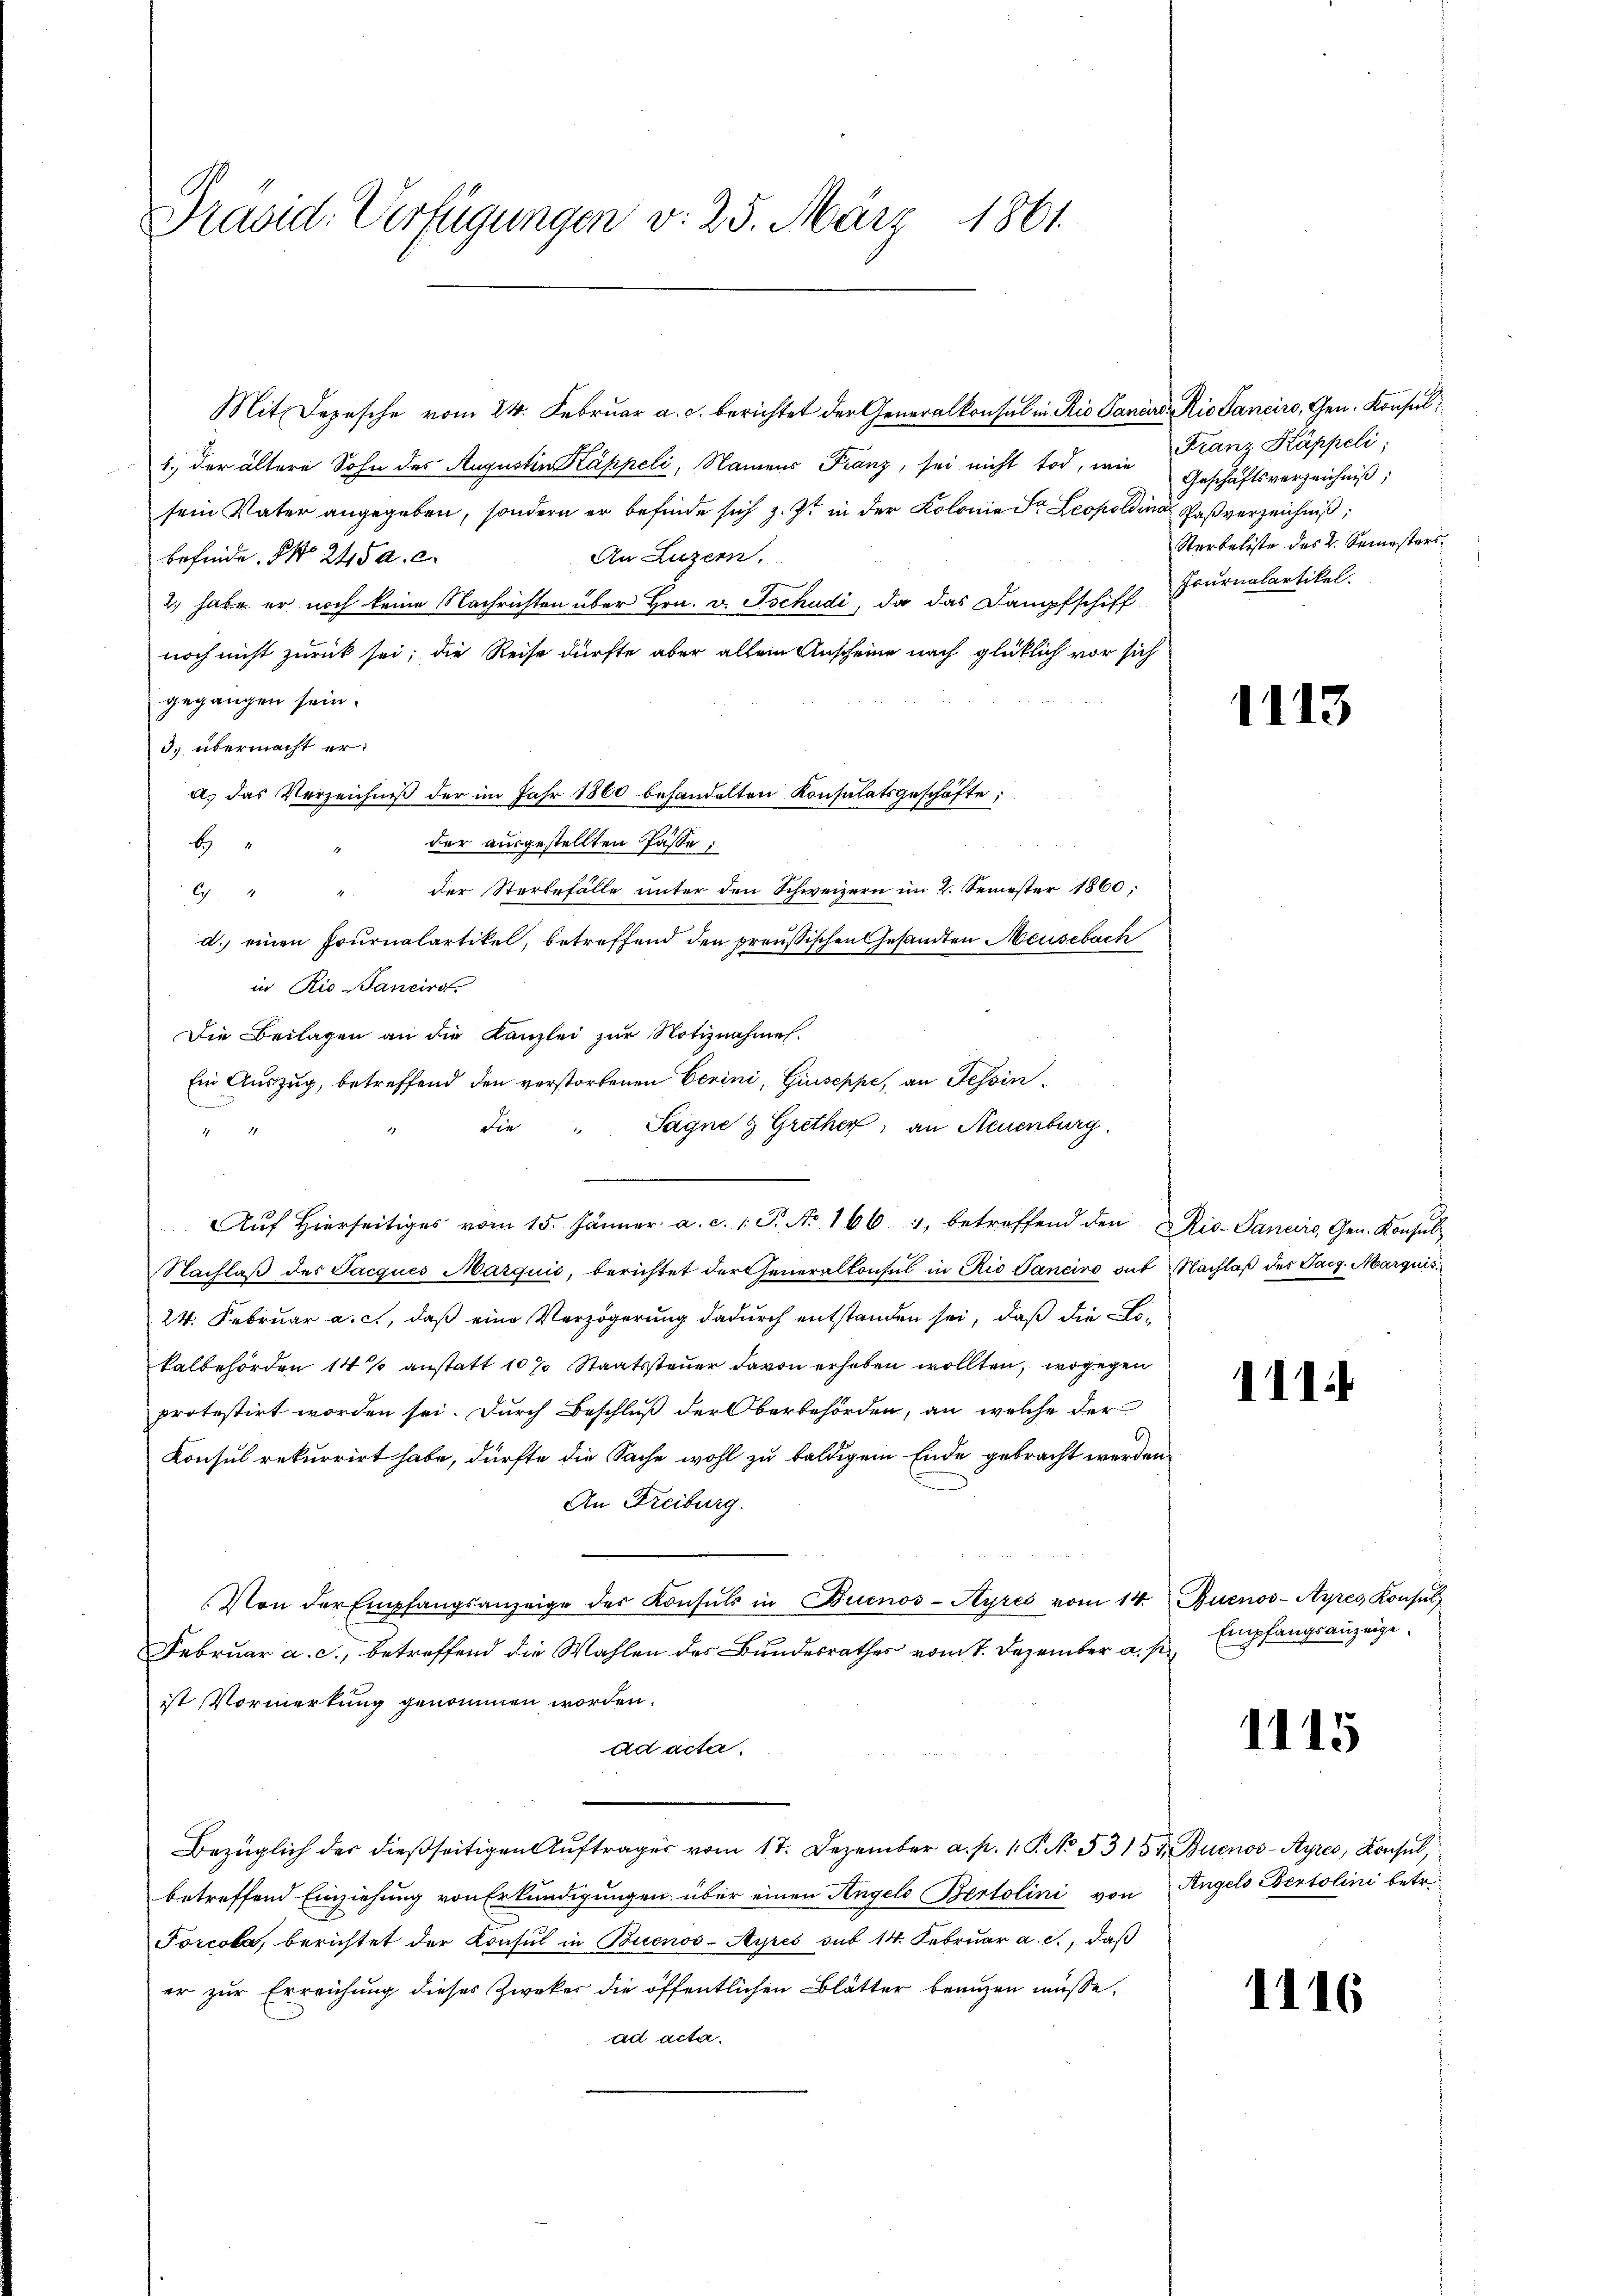
Präsid. Verfügungen v. 25. März 1861.

1.) der ältere Sohn des Augustin Käppeli, Namens Franz, sei nicht tod, wie
sein Vater angegeben, sondern er befinde sich z. Zt. in der Kolonie Dr. Leopoldina Paßverzeichniß
An Luzern,
befinde. No 245 a. c.
2) habe er noch keine Nachrichten über Hrn. v. Tschudi, da das Dampfschiff
noch nicht zurück sei; die Reise dürfte aber allein Anscheine nach glücklich vor sich
gegangen sein.
3) übermacht era. das Verzeichniß der im Jahr 1860 behandelten Konsulatsgeschäfte
der ausgestellten Pässe:
d
b
der Sterbefälle ŭnter den Schweizern im 2. Semester 1860;

E
d. einen Journalartikel, betreffend den preußischen Gesandten Meusebach
in Rio Sancird.
Die Beilagen an die Kanzlei zur Notiznahmes.
Ein Auszug, betreffend den verstorbenen Gerini, Giuseppe, an Tessin¬
Sagne & Grether, an Neuenburg.
die
e
Aŭf Hierseitiges vom 15. Jänner a. c. 1. P. Nr. 166. 1, betreffend den Rio-Panciro, Gen. Konsŭl
Nachlaß des Jacques Marquić, berichtet der Generalkonsul in Rio Janeiro auf
24. Februar a. c., daß eine Verzögerung dadurch entstanden sei, daß die Lokalbehörden 14 % anstatt 10% Staatssteuer davon erheben wollten, wogegen
protestirt worden sei. Durch Beschluß der Oberbehörden, an welche der
Konsul rekurrirt habe, dürfte die Sache wohl zu baldigem Ende gebracht werden
An Freiburg.
Von der Empfangsanzeige des Konsuls in Buenos-Ayres vom 14.
Februar a. c., betreffend die Wahlen des Bundesrathes vom 7. Dezember a. p.
ist Vormerkung genommen worden.
ad acta.
Bezüglich der dießseitigen Auftrages vom 17. Dezember a. p. 1. P. No. 5351. Buenos-Ayres, Konsul,
betreffend Einziehung von Erkundigungen über einen Angelo Bertolini von
Forcola, berichtet der Konsul in Buenos-Ayres sub 14. Februar a. c., daß
er zur Erreichung dieses Zweker die öffentlichen Blätter benuzen müsse.
ad acta.

Mit Depesche vom 24. Februar a. c. berichtet der Generalkonsul in Rio Sancad. Rio Sanciro, Gen. Konsul¬

Franz Kappeli;
Geschäftsverzeichniß,
Sterbeliste des 2. Semesters.
Fournalartikel.

1113

Nachlaß des Tacg. Marquis

111.

Buenos-Ayres, Konsul
Empfangsanzeige.
.

1115

Angels Bertolini betr.

1116